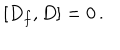
\left[ D _ { f } , D \right] = 0 \, .